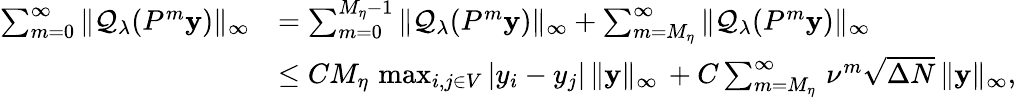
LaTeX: \begin{array}{rl}{\sum_{m=0}^{\infty}\| \mathcal{Q}_{\lambda}(P^{m}\mathbf{y})\| _{\infty}}&{=\sum_{m=0}^{M_{\eta}-1}\| \mathcal{Q}_{\lambda}(P^{m}\mathbf{y})\| _{\infty}+\sum_{m=M_{\eta}}^{\infty}\| \mathcal{Q}_{\lambda}(P^{m}\mathbf{y})\| _{\infty}}\\ &{\leq CM_{\eta}\, \operatorname*{max}_{i,j\in V}|y_{i}-y_{j}|\, \| \mathbf{y}\| _{\infty}\, +C\sum_{m=M_{\eta}}^{\infty}\, \nu^{m}\sqrt{\Delta N}\, \| \mathbf{y}\| _{\infty},}\end{array}